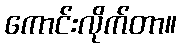
ကောင်းလိုက်တာ။